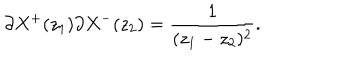
LaTeX: \partial X ^ { + } ( z _ { 1 } ) \partial X ^ { - } ( z _ { 2 } ) = \frac { 1 } { ( z _ { 1 } - z _ { 2 } ) ^ { 2 } } .